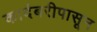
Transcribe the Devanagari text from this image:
कादंबरीपासून